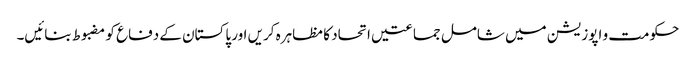
حکومت و اپوزیشن میں شامل جماعتیں اتحاد کا مظاہرہ کریں اور پاکستان کے دفاع کو مضبوط بنائیں۔